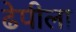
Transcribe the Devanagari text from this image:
ढेपीला